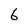
Character: 6